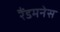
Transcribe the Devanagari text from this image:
रैंडमनेस